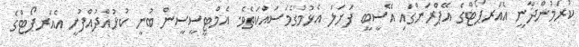
ކުރަމުންދާނީ އެއަރޕޯޓްގެ އޭޕްރަންގައި އޭސީބީ ފަށަލަ އެޅުމުގެމަސައްކަތެވެ. އެމްޓީސީސީން ބުނީ ކުޅުއްދުއްފުށީ އެއަރޕޯޓްގެ